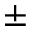
\pm